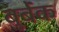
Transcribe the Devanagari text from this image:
बुर्बेंक